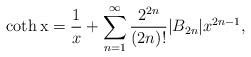
LaTeX: \begin{align*}{\rm \coth x}=\frac{1}{x}+\sum_{n=1}^\infty\frac{2^{2n}}{(2n)!}|B_{2n}|x^{2n-1},\end{align*}